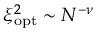
\xi _ { \mathrm { o p t } } ^ { 2 } \sim N ^ { - \nu }